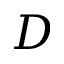
D